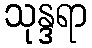
သုန္ဒရာ